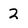
Character: 2